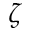
\zeta